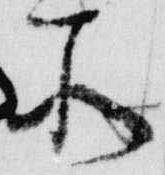
所